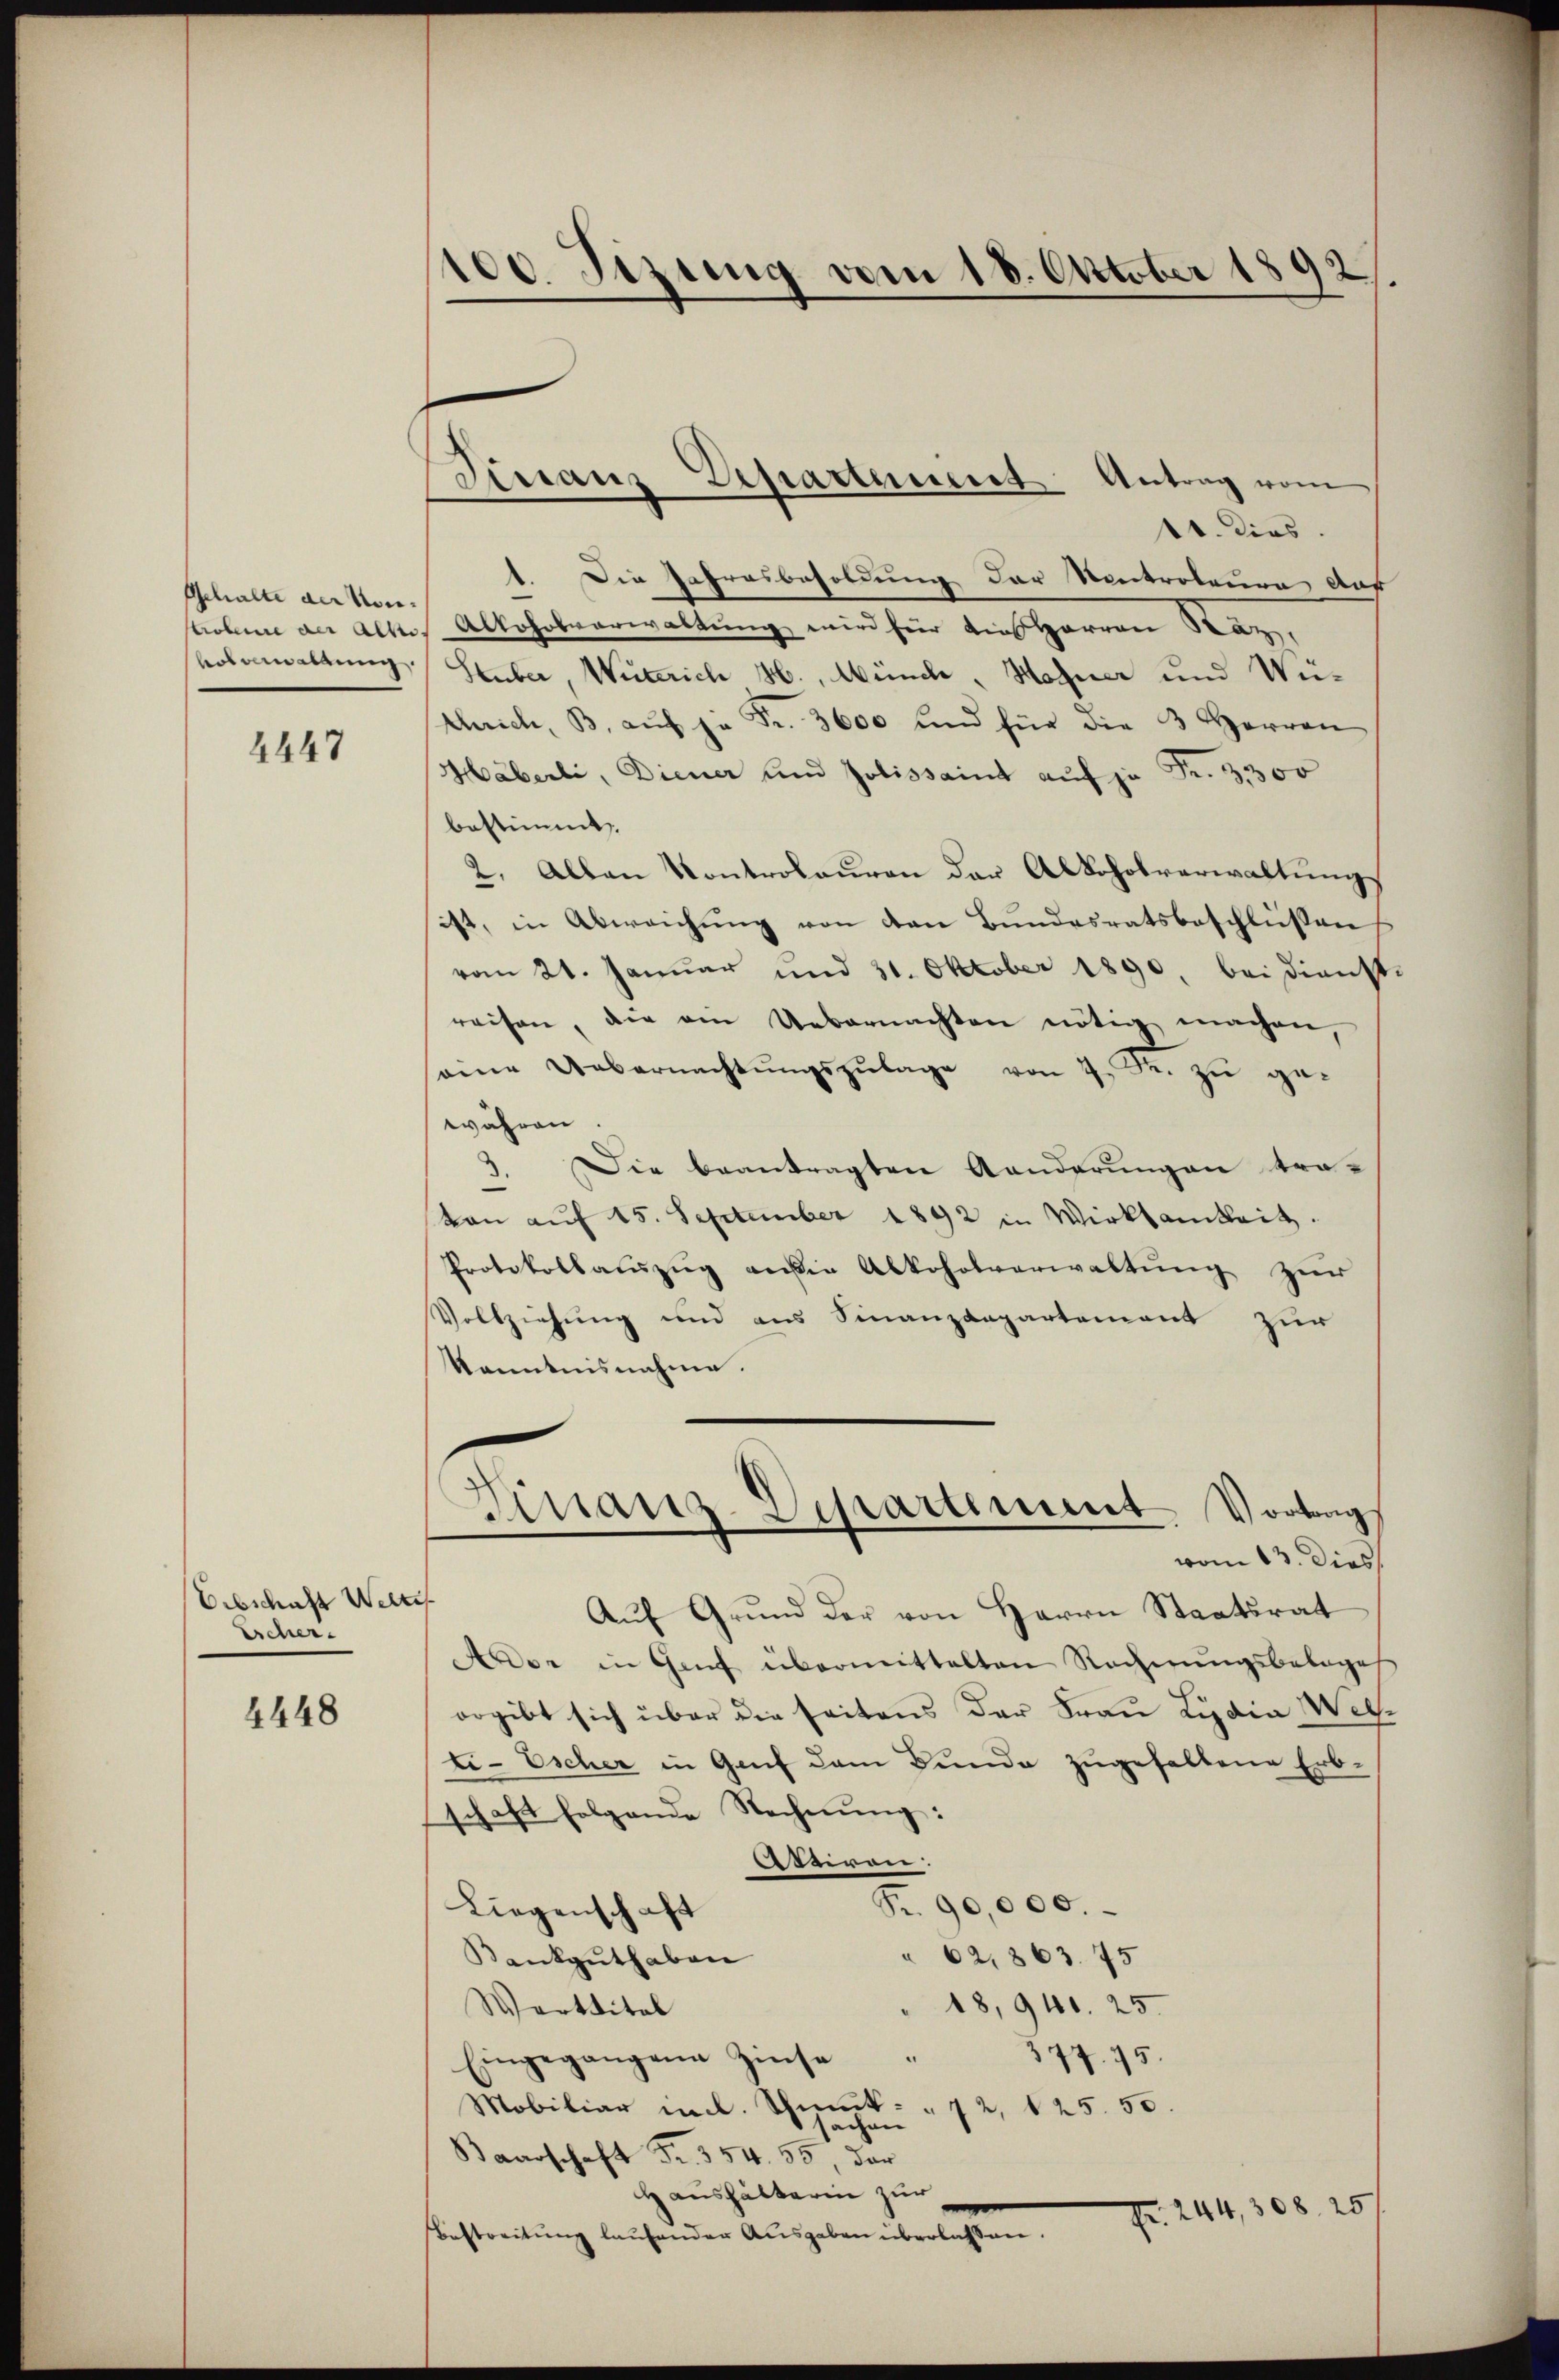
Schalte der Kontrobire der alle
volverwaltung

2447

Erbschaft Welts
Escher

4448

100. Sizung vom 18. Oktober 1892

Finanz Departement Antrag vom

1. dies.
1. Die Jahresbesoldung der Kontrateure dur
Alkohrsverwaltung wird für dies Herren Raz,
Stuber, Wutzrich H., Münch, Hofner und Wüschrich, B. auf je Fr. 3600 und für die 3 Herren
Häberli, Diener und Jolissait auf je Fr. 3300
bestimmt.
2. Allen Kontrolauren der Alkoholverwaltungs
ist, in Abweichŭng von den Bundesratsbeschlüßen
vom 21. Januar und 31. Oktober 1890 bei dienst-
reisen, die am Uebernachten nötig machen,
eine Uebernachtŭngszŭlage von 7. R. zu ge-
währen
Die beantragten Aenderungen tra-
.
kan aŭf 15. September 1892 in Wirksamkeit.
Protokollauszug aussig Abkoholverwaltung zur
Vollziehung und aus Finanzdepartement zur
Kenntnisnahme.
Finanz-Departiment. Vortrag
vom 13. dies
Aŭf Grŭnd der von Herrn Staatsrat
Amor in Genf übermittelten Rechnungsbelages
orgibt sich über die seitens der Frau Lydia Welti-Escher in Genf dem Bunde zugehaltene Erb-
schaft folgende Rechnŭng:
Astiren:
Fr. 90,000.
Liegenschaft
 62, 363. 75
Kankguthaben
18,940. 25.
Werttital
Eingegangene Zinse
377. 75.
Mobiliar inl. Schmuk- " 72, 125. 50.
sachen
Baarschaft Fr. 354. 55, der
Haushälterin zur
Fr. 244, 308. 25
Bestreitŭng laŭfender Aŭsgaben überlassen.